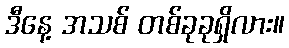
ဒီနေ့ အသစ် တစ်ခုခုရှိလား။